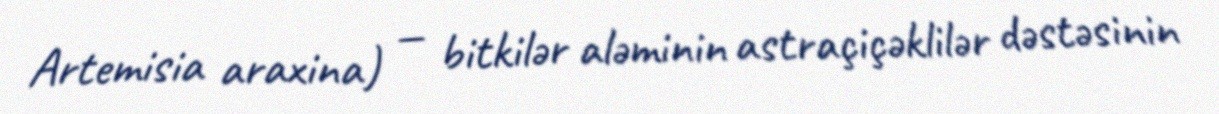
Artemisia araxina) — bitkilər aləminin astraçiçəklilər dəstəsinin